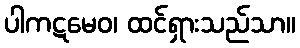
ပါကဋမေဝ၊ ထင်ရှားသည်သာ။